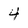
Character: 4